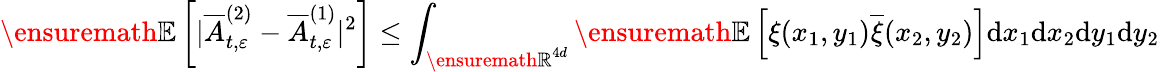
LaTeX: {\ensuremath{\mathbb E}}\left[|\overline{A}_{t,\varepsilon}^{(2)}-\overline{A}_{t,\varepsilon}^{(1)}|^{2}\right]\le\int_{{\ensuremath{\mathbb R}}^{4d}}{\ensuremath{\mathbb E}}\left[\xi(x_{1},y_{1})\overline{\xi}(x_{2},y_{2})\right]\mathrm{d}x_{1}\mathrm{d}x_{2}\mathrm{d}y_{1}\mathrm{d}y_{2}